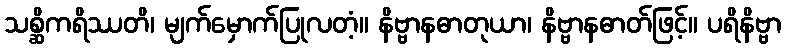
သစ္ဆိကရိဿတိ၊ မျက်မှောက်ပြုလတံ့။ နိဗ္ဗာနဓာတုယာ၊ နိဗ္ဗာနဓာတ်ဖြင့်။ ပရိနိဗ္ဗာ